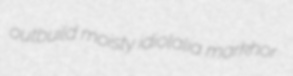
outbuild moisty idiolalia markhor